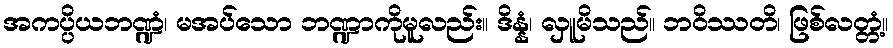
အကပ္ပိယဘဏ္ဍံ၊ မအပ်သော ဘဏ္ဍာကိုမူလည်း။ ဒိန္နံ၊ လှူမိသည်။ ဘဝိဿတိ၊ ဖြစ်လတ္တံ့။